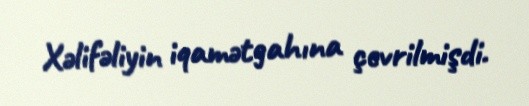
Xəlifəliyin iqamətgahına çevrilmişdi.